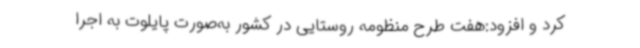
کرد و افزود:هفت طرح منظومه روستایی در کشور به‌صورت پایلوت به اجرا